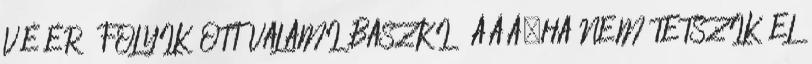
VÉÉR FOLYIK OTT VALAMI BASZKI ÁÁÁ.HA NEM TETSZIK EL